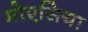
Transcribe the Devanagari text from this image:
मोएसिया